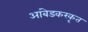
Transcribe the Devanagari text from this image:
आंबेडकरकृत